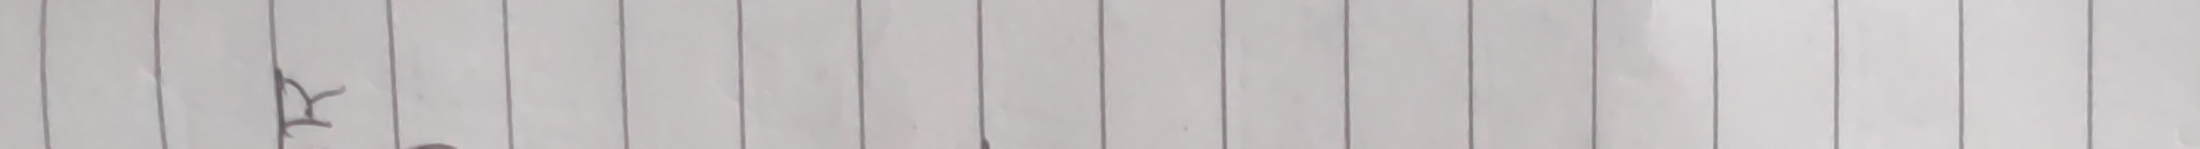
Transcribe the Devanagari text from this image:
क्र